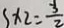
5 \times 2 = \frac { 3 } { 2 }